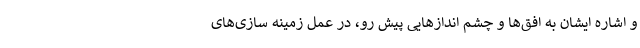
و اشاره ایشان به افق‌ها و چشم اندازهایی پیش رو، در عمل زمینه سازی‌های